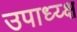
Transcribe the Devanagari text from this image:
उपाध्य्क्ष